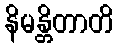
နိမန္တိတာတိ